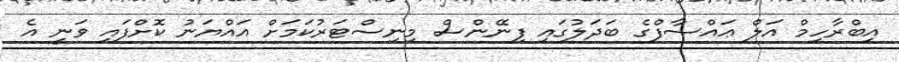
އިބްރާހިމް އަލް ޢައްސާފްގެ ބަދަލުގައި ފިނޭންސް މިނިސްޓަރުކަމަށް އައްޔަނު ކޮށްފައި ވަނީ އެ